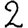
Digit: 2